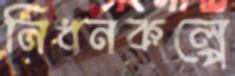
নিধনকল্পে